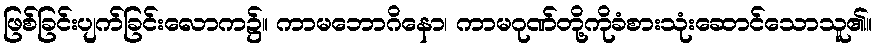
ဖြစ်ခြင်းပျက်ခြင်းလောက၌။ ကာမဘောဂိနော၊ ကာမဂုဏ်တို့ကိုခံစားသုံးဆောင်သောသူ၏။